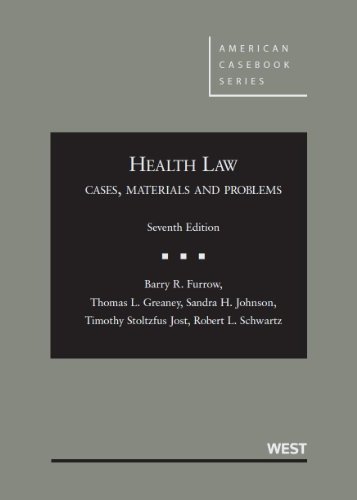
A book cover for Health Law: Cases, Materials and Problems (American Casebook Series); Barry Furrow; Law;